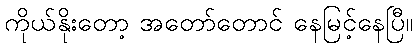
ကိုယ်နိုးတော့ အတော်တောင် နေမြင့်နေပြီ။